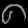
Digit: ၈